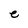
Character: e